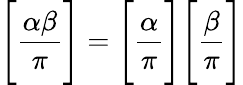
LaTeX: {\Bigg[}{\frac{\alpha\beta}{\pi}}{\Bigg]}={\Bigg[}{\frac{\alpha}{\pi}}{\Bigg]}{\Bigg[}{\frac{\beta}{\pi}}{\Bigg]}